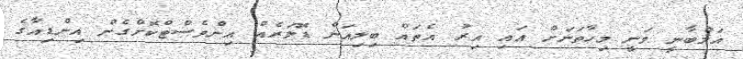
އަމްބާނީ ވަނީ މިހާތަނަށް އައި އިރު އެތައް ބިލިއަން ޑޮލަރެއް އިންވެސްޓްކޮށްގެން އިންޑިއާގެ